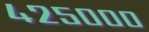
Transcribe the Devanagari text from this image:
४२५०००